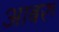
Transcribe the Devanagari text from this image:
आबरु